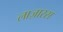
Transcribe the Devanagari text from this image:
लाज़ारस